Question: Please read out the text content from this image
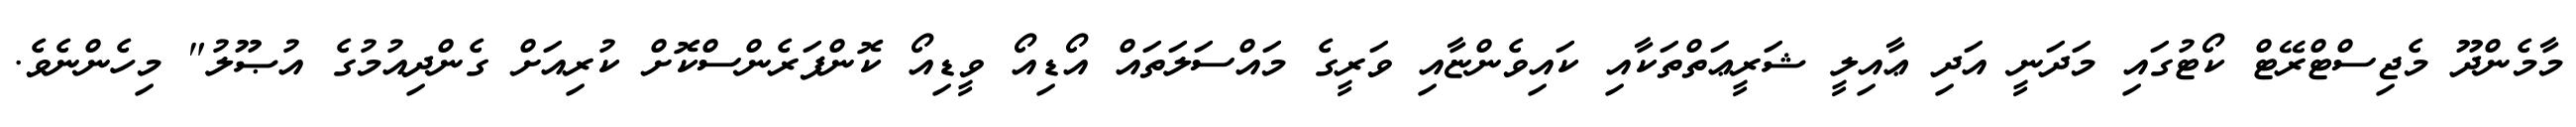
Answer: މާމެންދޫ މެޖިސްޓްރޭޓް ކޯޓުގައި މަދަނީ އަދި ޢާއިލީ ޝަރީޢަތްތަކާއި ކައިވެންޏާއި ވަރީގެ މައްސަލަތައް އޯޑިއޯ ވީޑިއޯ ކޮންފަރެންސްކޮށް ކުރިއަށް ގެންދިއުމުގެ އުޞޫލު" މިހެންނެވެ.